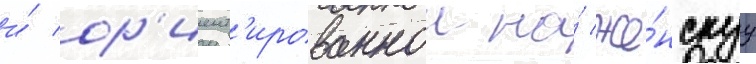
и́ ор'иент'ированнои на́ же́нскуу